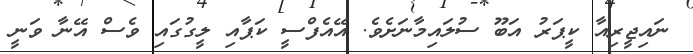
ނައިޖީރިއާ ކީޕަރު އަބޫ ސުލައިމާނަށެވެ. އޭއެފްސީ ކަޕާއި ލީގުގައި ވެސް އޭނާ ވަނީ